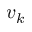
v _ { k }